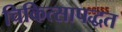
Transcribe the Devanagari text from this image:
चिकित्सापद्धत